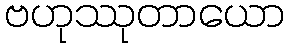
ဗဟုဿုတာယော